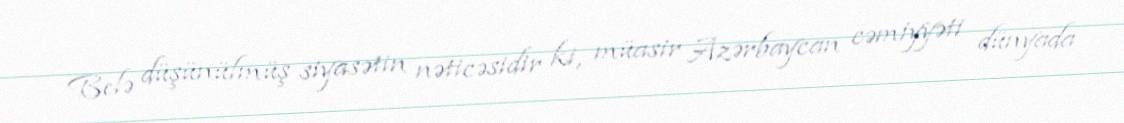
Belə düşünülmüş siyasətin nəticəsidir ki, müasir Azərbaycan cəmiyyəti dünyada